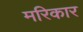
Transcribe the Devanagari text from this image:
मरिकार